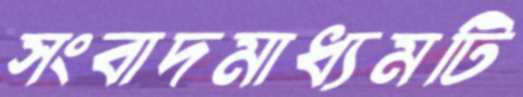
সংবাদমাধ্যমটি